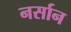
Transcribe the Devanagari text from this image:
नर्सान